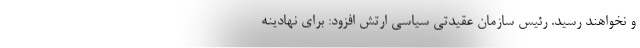
و نخواهند رسید. رئیس سازمان عقیدتی سیاسی ارتش افزود: برای نهادینه